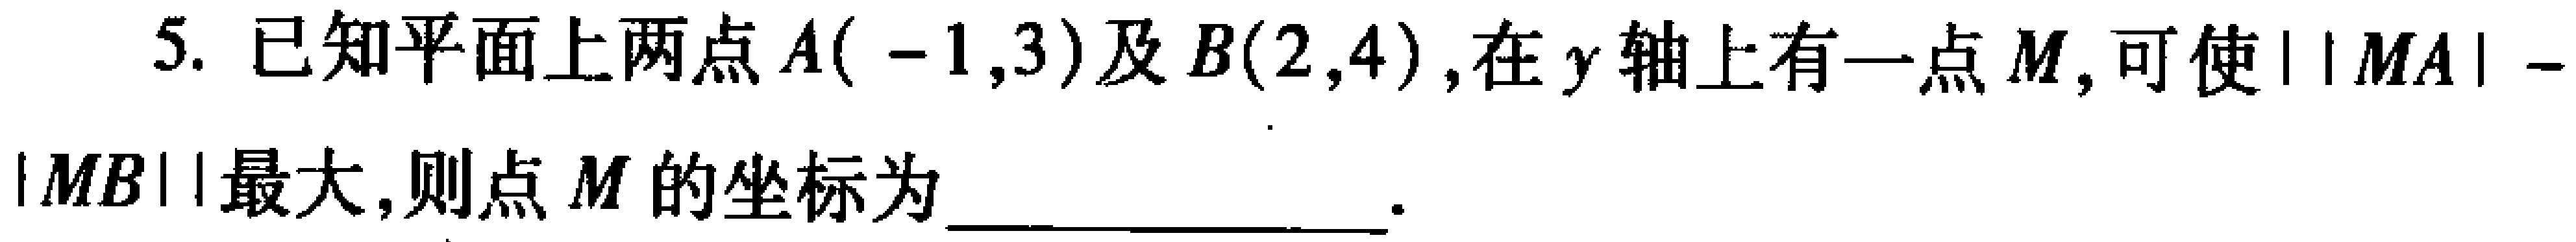
5. 已知平面上两点\(A(-1,3)\)及\(B(2,4)\)，在\(y\)轴上有一点\(M\)，可使\(||MA|-|MB||\)最大，则点\(M\)的坐标为  。